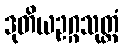
ဒုတိယဥဂ္ဂသုတ္တံ